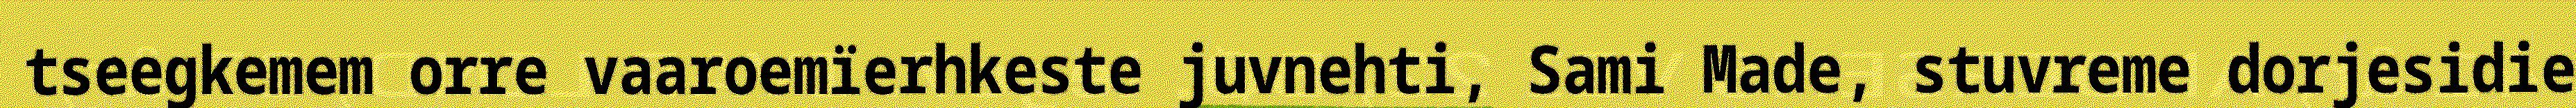
tseegkemem orre vaaroemïerhkeste juvnehti, Sami Made, stuvreme dorjesidie